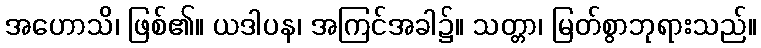
အဟောသိ၊ ဖြစ်၏။ ယဒါပန၊ အကြင်အခါ၌။ သတ္တာ၊ မြတ်စွာဘုရားသည်။